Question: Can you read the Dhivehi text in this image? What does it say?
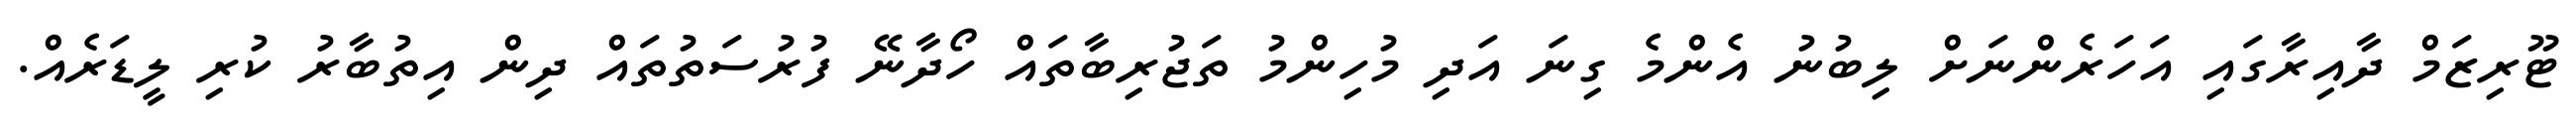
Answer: ޓޫރިޒަމް ދާއިރާގައި އަހަރެންނަށް ލިބުނު އެންމެ ގިނަ އަދި މުހިންމު ތަޖުރިބާތައް ހޯދާނޭ ފުރުސަތުތައް ދިން އިތުބާރު ކުރި ލީޑަރެއް.